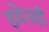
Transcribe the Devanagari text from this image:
हवेतही